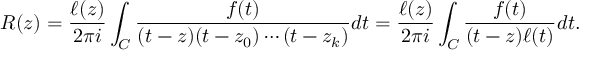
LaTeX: R ( z ) = { \frac { \ell ( z ) } { 2 \pi i } } \int _ { C } { \frac { f ( t ) } { ( t - z ) ( t - z _ { 0 } ) \cdots ( t - z _ { k } ) } } d t = { \frac { \ell ( z ) } { 2 \pi i } } \int _ { C } { \frac { f ( t ) } { ( t - z ) \ell ( t ) } } d t .